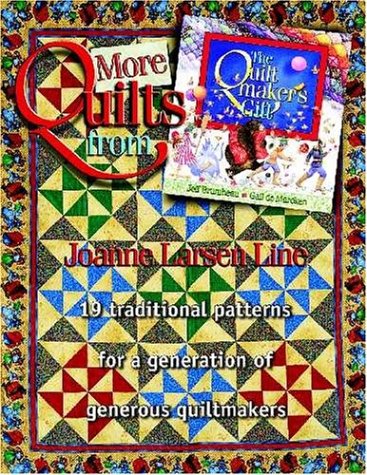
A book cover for More Quilts from the Quilt Maker's Gift; Joanne Larsen Line; Teen & Young Adult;